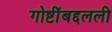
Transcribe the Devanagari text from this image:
गोष्टींबद्दलली